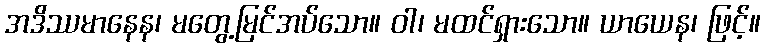
အဒိဿမာနေန၊ မတွေ့မြင်အပ်သော။ ဝါ၊ မထင်ရှားသော။ ယာယေန၊ ဖြင့်။